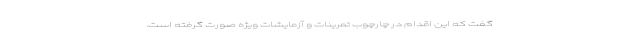
گفت که این اقدام در چارچوب تمرینات و آزمایشات ویژه صورت گرفته است.